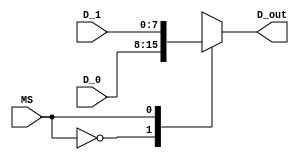
`timescale 1ns / 1ps
//////////////////////////////////////////////////////////////////////////////////
// Company: Tecnolgico de Costa Rica
// 
// Design Name: 
// Module Name: Mux_2x1_8Bits
// Project Name: 
// Target Devices: 
// Tool versions: 
// Description:  
//					
//////////////////////////////////////////////////////////////////////////////////

module Mux_2x1_8Bits(
    
    //INPUTS
    input wire MS,           //SELECTOR
    input wire [7:0] D_0,    //DATO DE EN LA ENTRADA 0
    input wire [7:0] D_1,    //DATO DE EN LA ENTRADA 1
    
    //OUTPUTS
    output reg [7:0] D_out   //SALIDA 
    );

    always @*
        begin
            case(MS)
                1'b0: D_out = D_0;
                1'b1: D_out = D_1;
                default : D_out = D_0;
            endcase
        end

endmodule